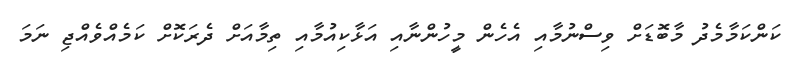
ކަންކަމާމެދު މާބޮޑަށް ވިސްނުމާއި އެހެން މީހުންނާއި އަޅާކިއުމާއި ތިމާއަށް ދެރަކޮށް ކަމެއްވެއްޖި ނަމަ